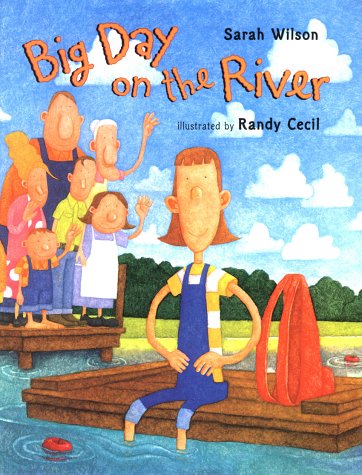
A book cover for Big Day on the River; Sarah Wilson; Sports & Outdoors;